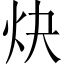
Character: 炔